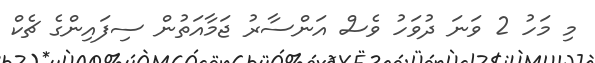
މި މަހު 2 ވަނަ ދުވަހު ވެސް އަންސާރު ޖަމާއަތުން ސިފައިންގެ ޗެކް